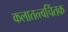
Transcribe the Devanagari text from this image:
कलातत्त्वचिंतक